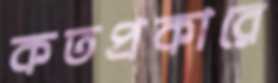
কতপ্রকারে